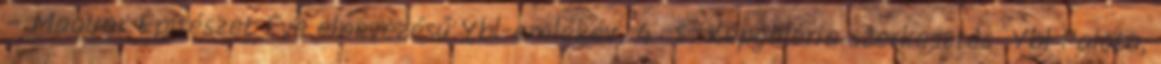
– Magyar Építészet Éve elnevezésű Ybl-emlékév. 4 5 Képgaléria szerkesztés Ybl Palota,